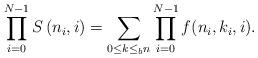
LaTeX: \begin{align*}\prod_{i=0}^{N-1} S\left(n_i,i\right) = \sum_{0\leq k \leq_b n} \prod_{i=0}^{N-1}f(n_i, k_i,i).\end{align*}